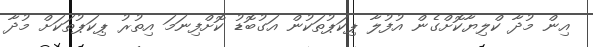
އިން މުދާ ކްލިޔާކޮށްގެން އުފުލާ ޕިކަޕުތަކުން އަގުބޮޑު ކޮށްފިނަމަ އިތުރު ޕިކަޕުތަކަށް މުދާ